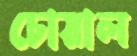
চোয়াল